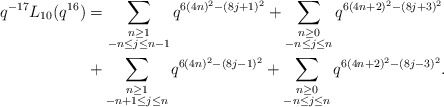
\begin{align*} \begin{aligned}q^{-17} L_{10}(q^{16}) &= \sum_{\substack{n \geq 1 \\ -n \leq j \leq n-1}} q^{6(4n)^2 - (8j+1)^2} + \sum_{\substack{n \geq 0 \\ -n \leq j \leq n}} q^{6(4n+2)^2 - (8j+3)^2} \\ &+ \sum_{\substack{n \geq 1 \\ -n+1 \leq j \leq n}} q^{6(4n)^2 - (8j-1)^2} + \sum_{\substack{n \geq 0 \\ -n \leq j \leq n}} q^{6(4n+2)^2 - (8j-3)^2}.\end{aligned}\end{align*}